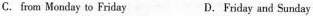
C. from Monday to Friday D. Friday and Sunday